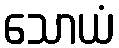
သောယံ